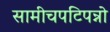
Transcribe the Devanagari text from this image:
सामीचपटिपन्नो